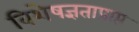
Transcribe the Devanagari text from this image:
विशेषज्ञताप्राप्त